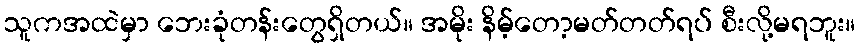
သူကအထဲမှာ ဘေးခုံတန်းတွေရှိတယ်။ အမိုး နိမ့်တော့မတ်တတ်ရပ် စီးလို့မရဘူး။